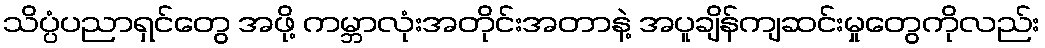
သိပ္ပံပညာရှင်တွေ အဖို့ ကမ္ဘာလုံးအတိုင်းအတာနဲ့ အပူချိန်ကျဆင်းမှုတွေကိုလည်း